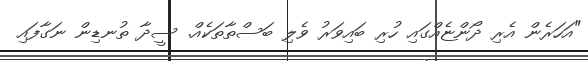
"އަހަރެން އެރި ދޯންޏެއްގައި ހުރި ބައިވަރު ވެލި ބަސްތާތަކެއް. ސީދާ ތުނޑިން ނަގާފައި